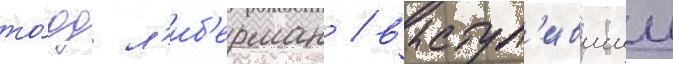
то́дд л'иб'ерман / выступ'ившии